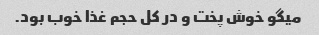
میگو خوش پخت و در کل حجم غذا خوب بود.